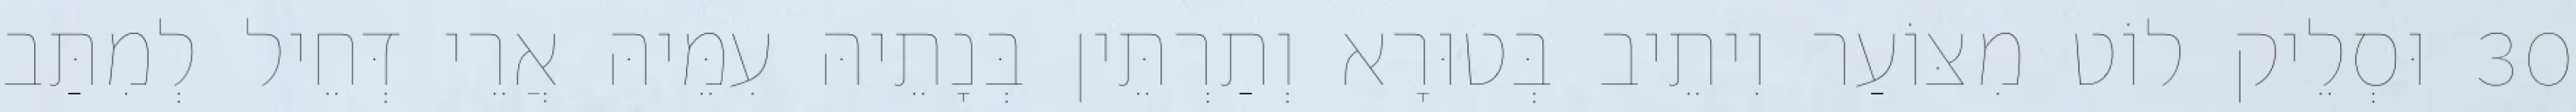
30 וּסְלֵיק לוֹט מִצּוֹעַר וִיתֵיב בְּטוּרָא וְתַרְתֵּין בְּנָתֵיהּ עִמֵּיהּ אֲרֵי דְּחֵיל לְמִתַּב